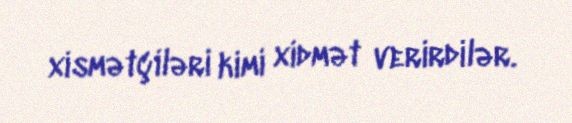
xismətçiləri kimi xidmət verirdilər.